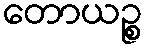
တောယဉ္စ